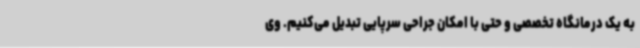
به یک درمانگاه تخصصی و حتی با امکان جراحی سرپایی تبدیل می‌کنیم. وی